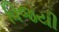
વિજયી